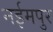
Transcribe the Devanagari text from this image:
नईमपुर